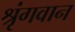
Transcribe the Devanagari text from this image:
श्रृंगवान